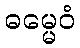
ဓမ္မေဝံ